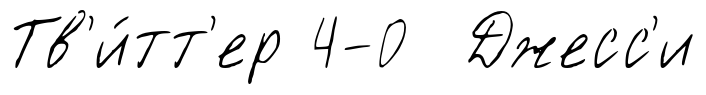
Тв'и́тт'ер 4-0 Джесс'и